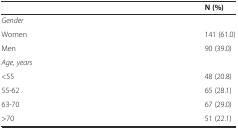
<table><thead><tr><td></td><td><b>N (%)</b></td></tr></thead><tbody><tr><td><i>Gender</i></td><td></td></tr><tr><td>Women</td><td>141 (61.0)</td></tr><tr><td>Men</td><td>90 (39.0)</td></tr><tr><td><i>Age, years</i></td><td></td></tr><tr><td>&lt;55</td><td>48 (20.8)</td></tr><tr><td>55-62</td><td>65 (28.1)</td></tr><tr><td>63-70</td><td>67 (29.0)</td></tr><tr><td>&gt;70</td><td>51 (22.1)</td></tr></tbody></table>